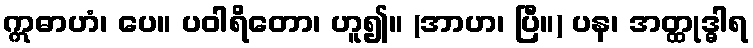
ဣဓာဟံ၊ ပေ။ ပဝါရိတော၊ ဟူ၍။ (အာဟ၊ ပြီ။) ပန၊ အတ္ထုဒ္ဓါရ